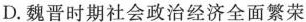
D.魏晋时期社会政治经济全面繁荣